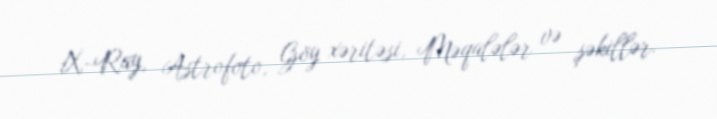
X-Ray, Astrofoto, Göy xəritəsi, Məqalələr və şəkillər.